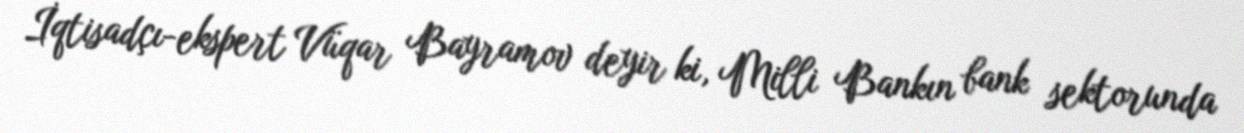
İqtisadçı-ekspert Vüqar Bayramov deyir ki, Milli Bankın bank sektorunda